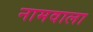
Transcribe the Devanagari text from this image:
नामवाला